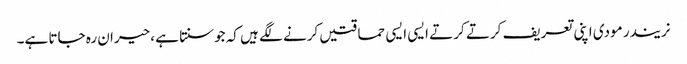
نریندر مودی اپنی تعریف کرتے کرتے ایسی ایسی حماقتیں کرنے لگے ہیں کہ جوسنتا ہے ،حیران رہ جاتا ہے۔